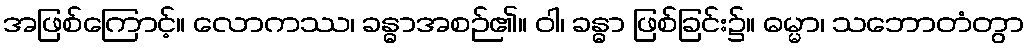
အဖြစ်ကြောင့်။ လောကဿ၊ ခန္ဓာအစဉ်၏။ ဝါ၊ ခန္ဓာ ဖြစ်ခြင်း၌။ ဓမ္မာ၊ သဘောတံတွာ